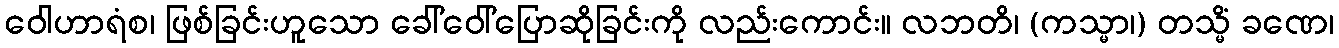
ဝေါဟာရံစ၊ ဖြစ်ခြင်းဟူသော ခေါ်ဝေါ်ပြောဆိုခြင်းကို လည်းကောင်း။ လဘတိ၊ (ကသ္မာ၊) တသ္မိံ ခဏေ၊